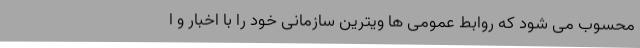
محسوب می شود که روابط عمومی ها ویترین سازمانی خود را با اخبار و ا